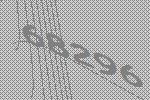
68296